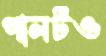
পালটও